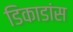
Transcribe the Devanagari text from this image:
डिकाडांस